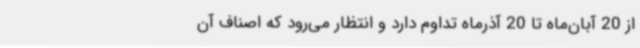
از 20 آبان‌ماه تا 20 آذرماه تداوم دارد و انتظار می‌رود که اصناف آن